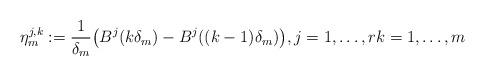
LaTeX: \begin{align*}\eta_m^{j,k} := \frac{1}{\delta_m} \big( B^j(k \delta_m) - B^j((k-1) \delta_m) \big), j=1,\ldots,r k=1,\ldots,m\end{align*}